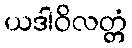
ယဒါဝိလတ္တံ